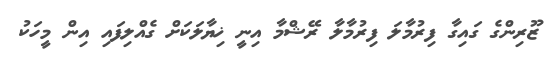
ޒޫރިންގެ ގައިގާ ފިރުމާލަ ފިރުމާލާ ރޭޝްމާ އިނީ ޚިޔާލަކަށް ގެއްލިފައި އިން މީހަކު